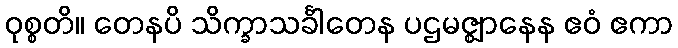
ဝုစ္စတိ။ တေနပိ သိက္ခာသင်္ခါတေန ပဌမဇ္ဈာနေန ဧဝံ ဧကာ